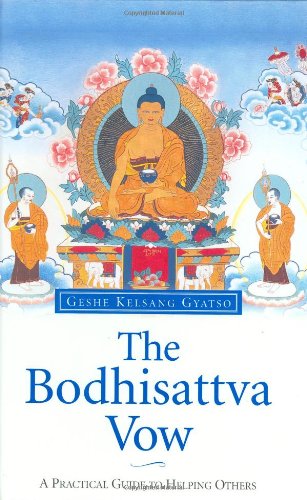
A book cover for The Bodhisattva Vow: A Practical Guide to Helping Others; Geshe Kelsang Gyatso; Religion & Spirituality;